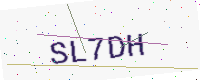
Text: SL7DH